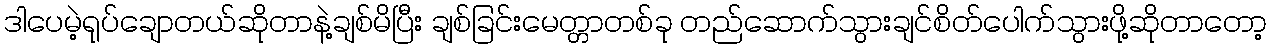
ဒါပေမဲ့ရုပ်ချောတယ်ဆိုတာနဲ့ချစ်မိပြီး ချစ်ခြင်းမေတ္တာတစ်ခု တည်ဆောက်သွားချင်စိတ်ပေါက်သွားဖို့ဆိုတာတော့